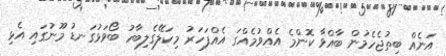
އަނެއް ބިތުޖެހެމުން ބާއްވާ ކޮންމެ އެއްވުމެއްގަ އެއްފަހަރު މިކަލޭގެލިބާހު ބޯވަޅުގަނޑު މޫނުގައި އެޅި